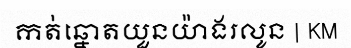
កត់ឆ្នោតយួនយ៉ាងរលូន | KM